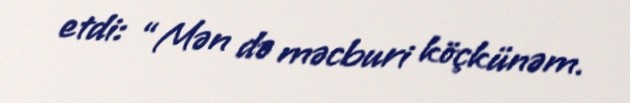
etdi: “Mən də məcburi köçkünəm.